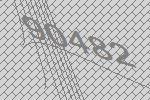
90482